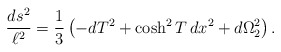
\begin{align*}{ds^2\over\ell^2} = \frac{1}{3} \left(-dT^2 + \cosh^2 T\, dx^2 + d\Omega_2^2 \right).\end{align*}